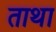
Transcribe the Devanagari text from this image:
ताथा